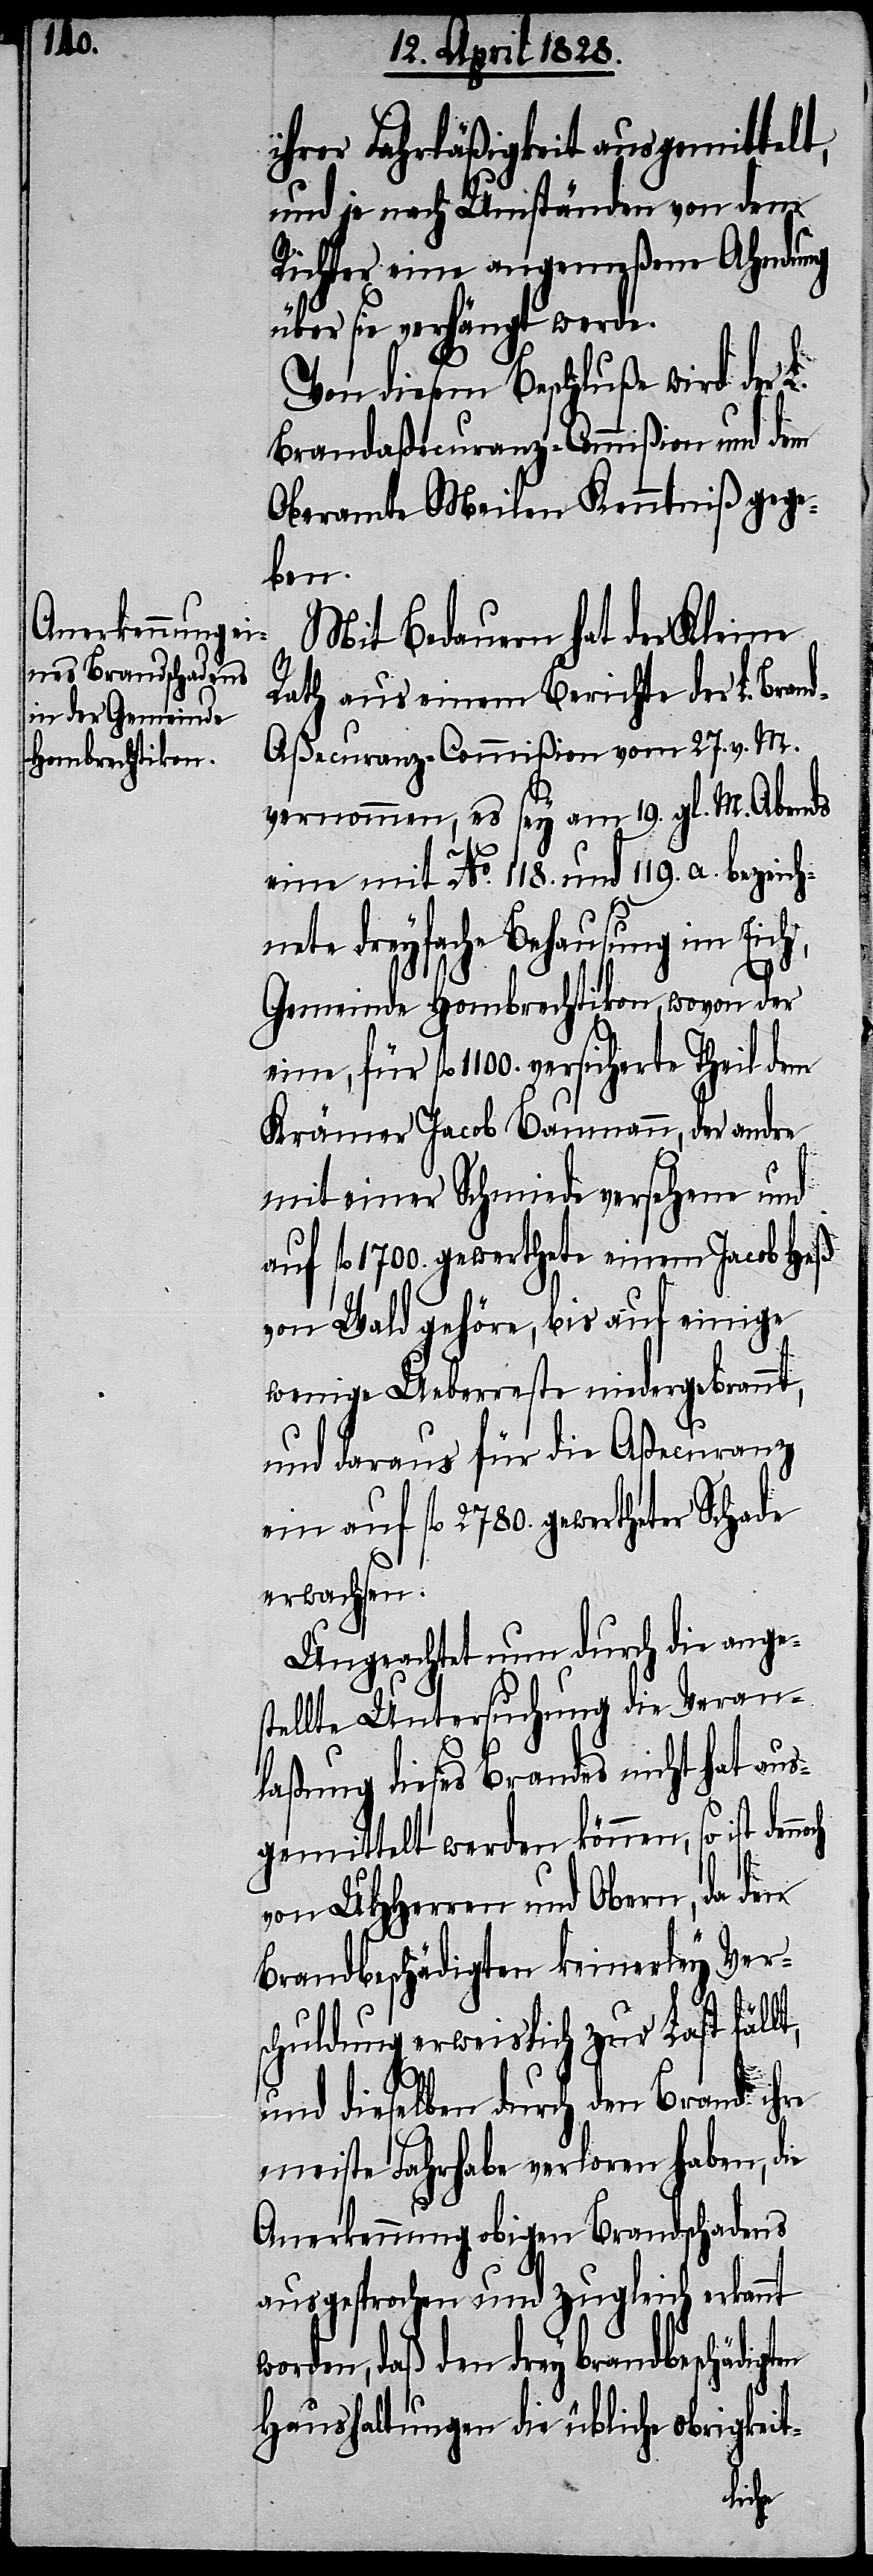
ihrer Fahrläßigkeit ausgemittelt,
und je nach Umständen von dem
Richter eine angemeßene Ahndung
über sie verhängt werde.
Von diesem Beschluße wird der
Brandaßecuranz-Commißion und dem
Oberamte Meilen Kenntniß gege¬
ben.
Mit Bedauern hat der Kleine
Rath aus einem Berichte der L. Bran¬
d-Aßecuranz-Commißion vom 27. v. M.
vernommen, es sey am 19. gl. M. Abends
eine mit No. 118. und 119. a. bezeich¬
nete dreyfache Behausung im Eich,
Gemeinde Hombrechtikon, wovon der
für fl. 1100. versicherte Theil dem
Krämer Jacob Baumann, der andre
mit einer Schmiede versehene und
auf fl. 1700. gewerthete einem Jacob Heß
von Wald gehöre, bis auf einige
wenige Ueberreste niedergebrannt,
und daraus für die Aßecuranz
ein auf fl. 2780. gewertheter Schade
erwachsen.
Ungeachtet nun durch die ange¬
stellte Untersuchung die Veran¬
laßung dieses Brandes nicht hat aus¬
gemittelt werden können,
von UHHerren und Obern, da den
Brandbeschädigten keinerley Ver¬
schuldung erweislich zur Last fällt,
dieselben durch den Brand ihre
meiste Fahrhabe verloren haben, die
Anerkennung obigen Brandschadens
ausgesprochen und zugleich erkannt
worden, daß den drey brandbeschädigten
Haushaltungen die übliche obrigkeit-